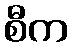
စီက